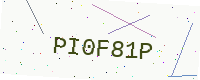
Text: PI0F81P